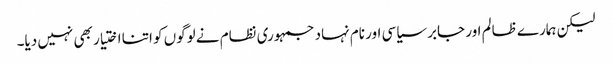
لیکن ہمارے ظالم اور جابر سیاسی اور نام نہاد جمہوری نظام نے لوگوں کو اتنا اختیار بھی نہیں دیا۔